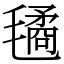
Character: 𣰇